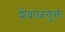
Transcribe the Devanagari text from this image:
शेवाळयुक्त